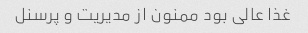
غذا عالی بود ممنون از مدیریت و پرسنل